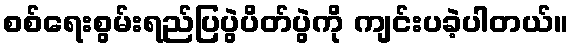
စစ်ရေးစွမ်းရည်ပြပွဲပိတ်ပွဲကို ကျင်းပခဲ့ပါတယ်။